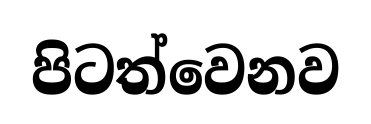
පිටත්වෙනව